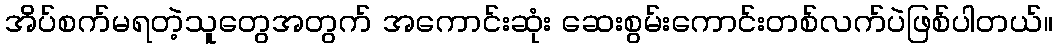
အိပ်စက်မရတဲ့သူတွေအတွက် အကောင်းဆုံး ဆေးစွမ်းကောင်းတစ်လက်ပဲဖြစ်ပါတယ်။